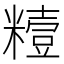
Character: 䊦